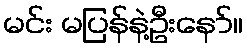
မင်း မပြန်နဲ့ဦးနော်။